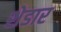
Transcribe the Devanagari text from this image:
शेडार